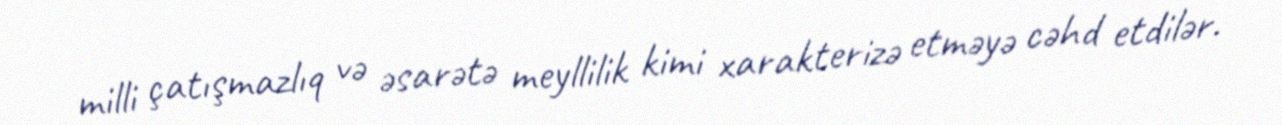
milli çatışmazlıq və əsarətə meyllilik kimi xarakterizə etməyə cəhd etdilər.